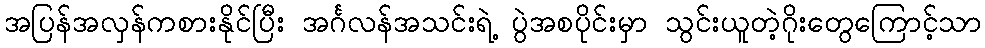
အပြန်အလှန်ကစားနိုင်ပြီး အင်္ဂလန်အသင်းရဲ့ ပွဲအစပိုင်းမှာ သွင်းယူတဲ့ဂိုးတွေကြောင့်သာ